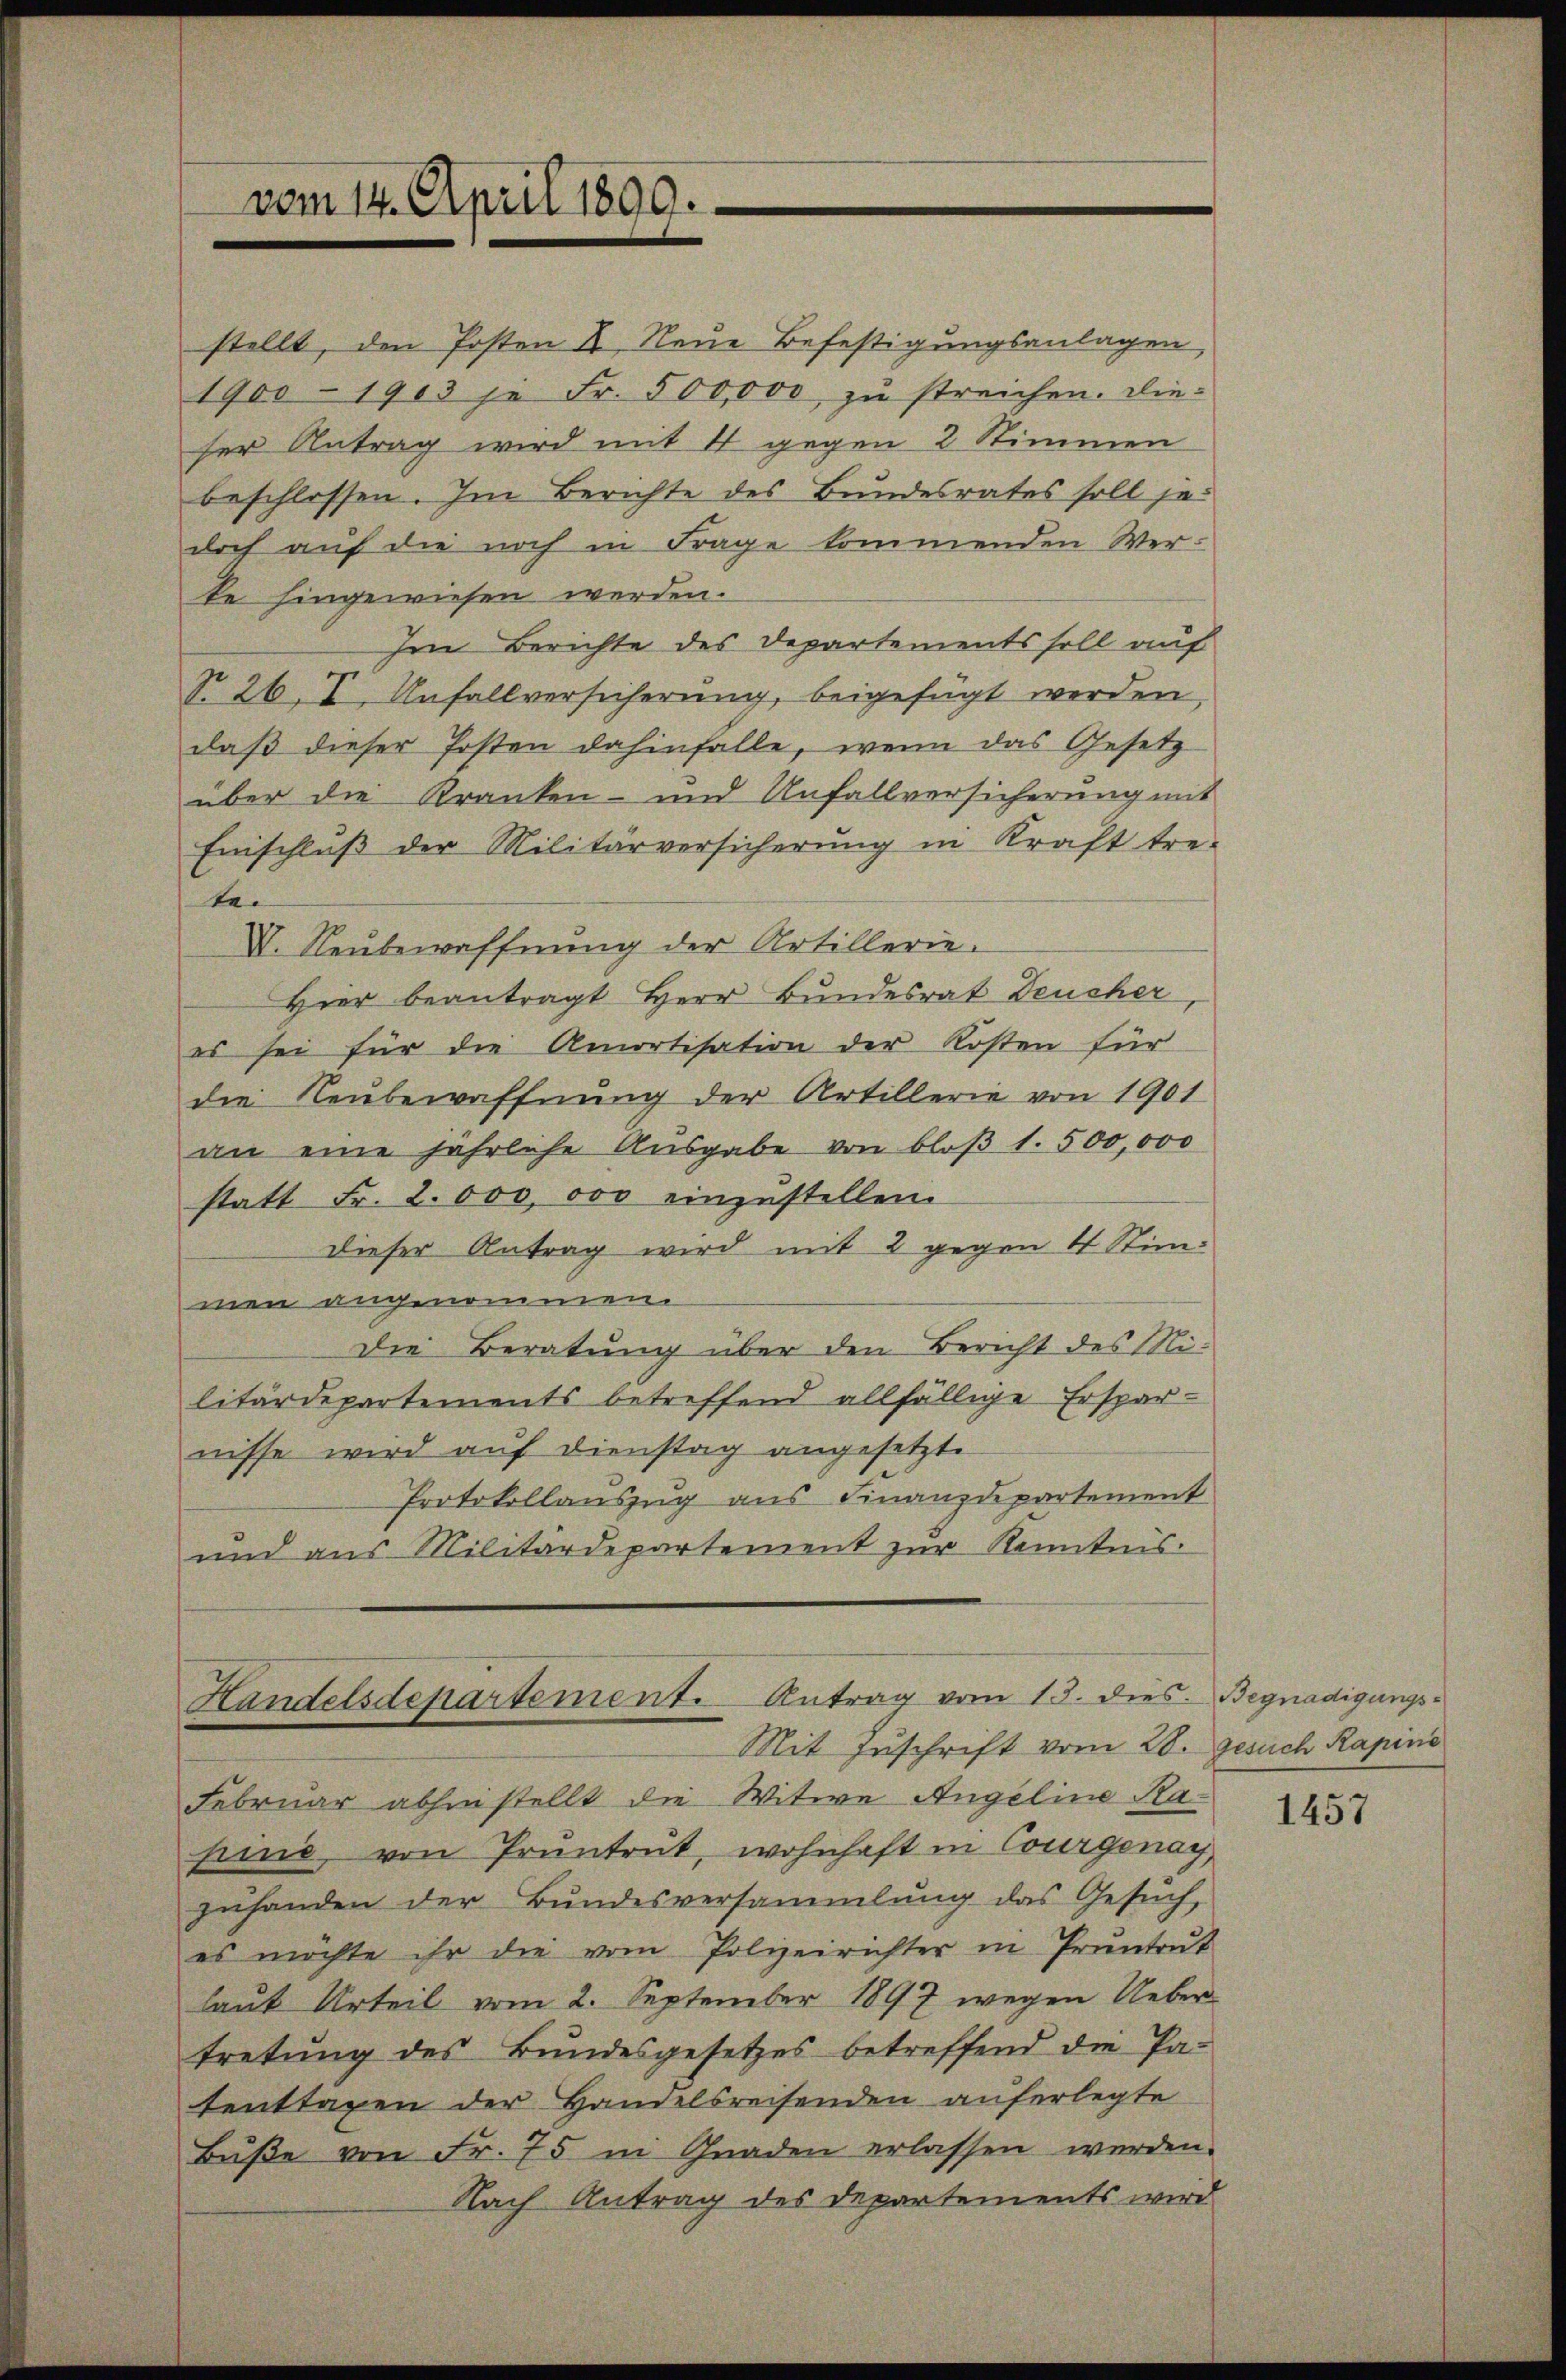
vom 14. April 1890.

stellt, den Posten II., Neue Befestigungsanlagen,
1900 - 1903 je Fr. 500,000 zŭ streichen. Die-
ser Antrag wird mit 4 gegen 2 Stimmen
beschlossen. Im Berichte des Bundesrates soll jedoch auf die noch in Frage kommenden Werte hingewiesen werden.
Im Berichte des Departements soll auf
No. 26. I. Unfallversicherung, beigefügt werden,
daß dieser Posten dahinfalle, wenn das Gesetz
über die Kranken- und Unfallversicherung mit
Einschluß der Militärversicherung in Kraft tre-
ter
V. Neubewaffnŭng der Artillerie.
Hier beantragt Herr Bundesrat Deucher
es sei für die Amortisation der Kosten für
die Neubewaffnung der Artillerie von 1901
an eine jährliche Ausgabe von bloß 1. 500,000
statt Fr. 2. 000, 000 einzustellen.
dieser Antrag wird mit 2 gegen 4 Stimmen angenommen.
Die Beratung über den Bericht des Militärdepartements betreffend allfällige Erspar-
nisse wird auf Dienstag angesetzte
Protokollauszug aus Finanzdepartement
und aus Militärdepartement zur Kenntnis.

Handelsdepartement. Antrag vom 13. dies. Begnadigungs¬
Mit Zuschrift vom 28. Gesuch Rapins

Februar abhin stellt die Witwe Angeline Kasine, von Pruntrut, wohnhaft in Courgonay,
zuhanden der Bundesversammlung das Gesuch,
es möchte ihr die vom Polizeirichter in Pruntrut
laut Urteil vom 2. September 1897 wegen Ueber
tretung des Bundesgesetzes betreffend die Pa-
tenttagen der Handelsreisenden auferlegte
Buße von Fr. 75 in Gnaden erlassen werden.
Nach Antrag des Departements wird

1457